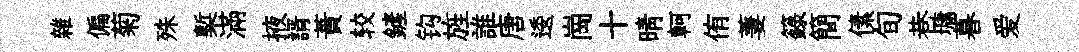
雜偏菊殊槧滿掖諝蕡较鏟钩旌誰唐逶崗十晴軻侑萋籙簡傃旬巷墉暮爱